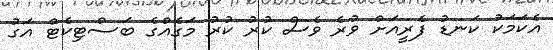
އެކަމަކު ކަނޑު ފެރީއަށް ވުރެ ވެސް ކުރު ކުރު މަގެއްގެ ބަސްޓިކެޓް އަގު